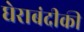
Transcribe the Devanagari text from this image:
घेराबंदीकी